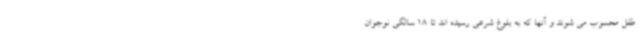
طفل محسوب می شوند و آنها که به بلوغ شرعی رسیده اند تا 18 سالگی نوجوان